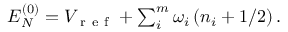
\begin{array} { r } { E _ { N } ^ { ( 0 ) } = V _ { \mathrm { ~ r ~ e ~ f ~ } } + \sum _ { i } ^ { m } \omega _ { i } \left( n _ { i } + 1 / 2 \right) . } \end{array}